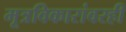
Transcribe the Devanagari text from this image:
मूत्रविकारांवरही